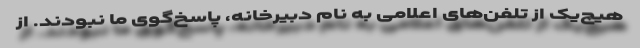
هیچ‌یک از تلفن‌های اعلامی به نام دبیرخانه، پاسخ‌گوی ما نبودند. از